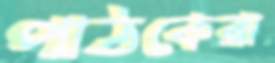
পাঠকেরা